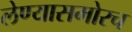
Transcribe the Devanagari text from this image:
लेण्यासमोरच